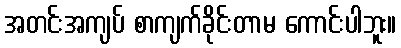
အတင်းအကျပ် စာကျက်ခိုင်းတာမ ကောင်းပါဘူး။